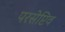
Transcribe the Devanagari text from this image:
परसेप्टिव